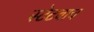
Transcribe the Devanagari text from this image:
स्टेटवाच